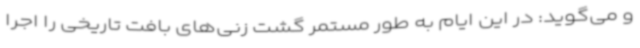
و می‌گوید: در این ایام به طور مستمر گشت زنی‌های بافت تاریخی را اجرا